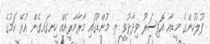
ފުލުހުންގެ މީޑިއާ އޮފިސަރު ވިދާޅުވީ ލ. މުންޑޫގައި މާރާމާރީއެއް ހިނގައގެން އުޅޭ ކަމުގެ